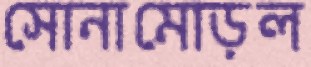
সোনামোড়ল